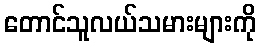
တောင်သူလယ်သမားများကို